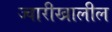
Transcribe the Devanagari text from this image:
ज्वारीखालील